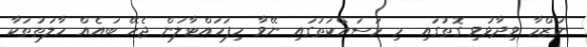
ނަޒްމާ ވިދާޅުވި ގޮތުގައި މި މަސައްކަތުގައި ނޭވާ ހިފަހައްޓާލަން ޖެހޭ ބައެއް ހާލަތުތަކާ